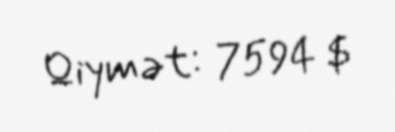
Qiymət: 7594 $